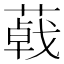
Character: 𦺩